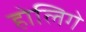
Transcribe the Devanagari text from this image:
होलिगे